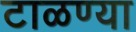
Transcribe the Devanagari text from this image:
टाळण्या